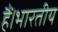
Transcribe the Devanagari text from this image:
हैं।भारतीय